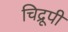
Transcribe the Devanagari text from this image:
चिद्रूपी